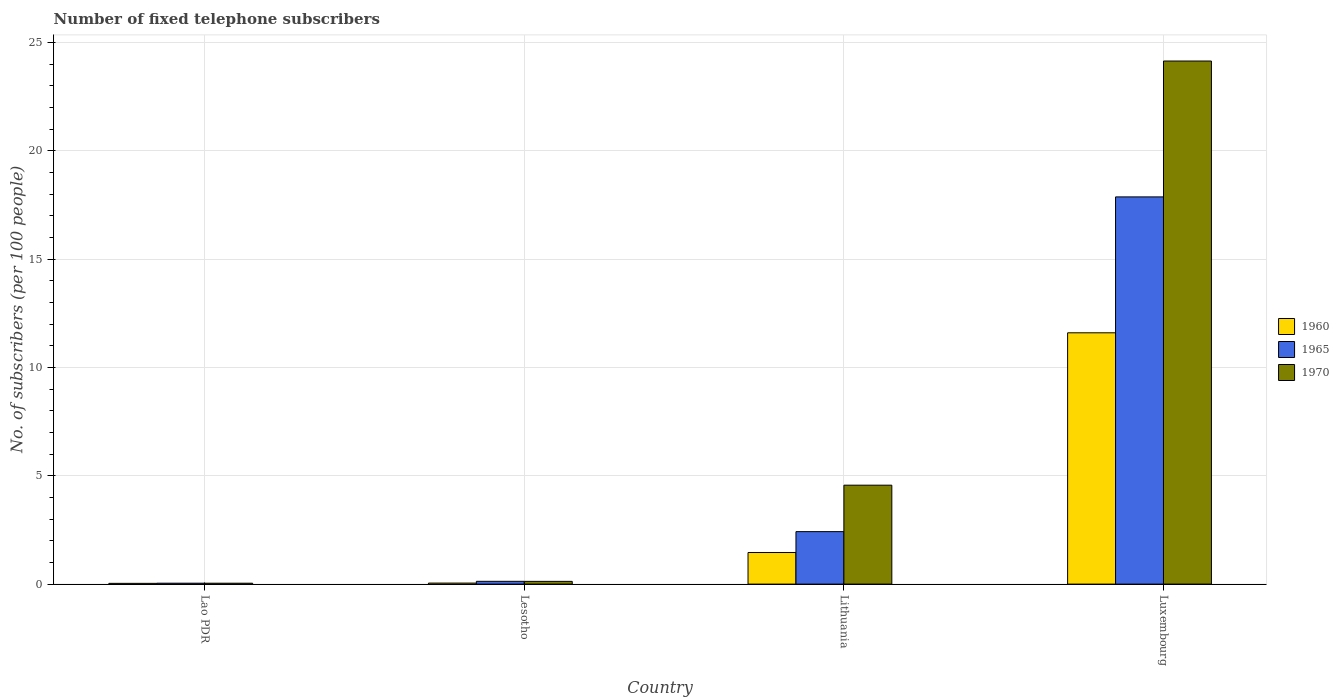
| Country | 1960 | 1965 | 1970 |
 | --- | --- | --- | --- |
 | Lao PDR | 0.0347 | 0.042 | 0.041 |
 | Lesotho | 0.047 | 0.129 | 0.126 |
 | Lithuania | 1.46 | 2.42 | 4.57 |
 | Luxembourg | 11.6 | 17.9 | 24.1 |